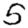
Digit: 5